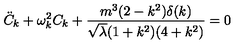
{ \ddot { C } } _ { k } + \omega _ { k } ^ { 2 } C _ { k } + \frac { m ^ { 3 } ( 2 - k ^ { 2 } ) \delta ( k ) } { { \sqrt \lambda } ( 1 + k ^ { 2 } ) ( 4 + k ^ { 2 } ) } = 0